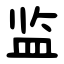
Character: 监